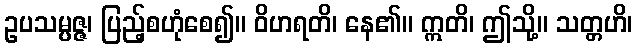
ဥပသမ္ပဇ္ဇ၊ ပြည့်စဟုံစေ၍။ ဝိဟရတိ၊ နေ၏။ ဣတိ၊ ဤသို့။ သတ္တဟိ၊